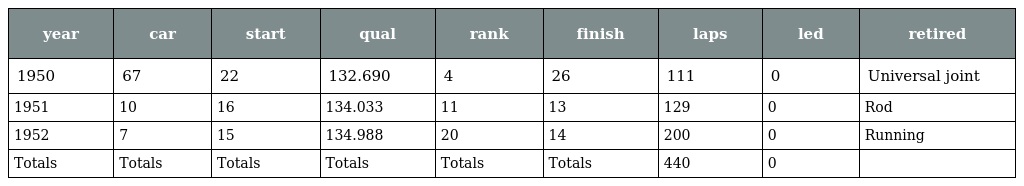
| year | car | start | qual | rank | finish | laps | led | retired |
 | --- | --- | --- | --- | --- | --- | --- | --- | --- |
 | 1950 | 67 | 22 | 132.690 | 4 | 26 | 111 | 0 | Universal joint |
 | 1951 | 10 | 16 | 134.033 | 11 | 13 | 129 | 0 | Rod |
 | 1952 | 7 | 15 | 134.988 | 20 | 14 | 200 | 0 | Running |
 | Totals | Totals | Totals | Totals | Totals | Totals | 440 | 0 |  |